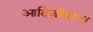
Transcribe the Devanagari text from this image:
आदिजीवांचा